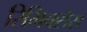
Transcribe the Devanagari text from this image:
रिमिक्सेस